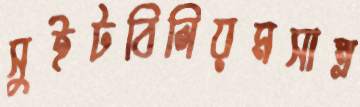
সুইটবিলিয়মসাম্র